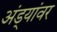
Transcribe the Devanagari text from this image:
अंड्यांवर